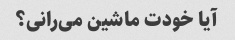
آیا خودت ماشین می‌رانی؟